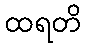
ထရတိ